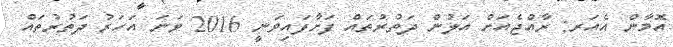
އޮމާން އެއަރ: ރާއްޖެއަށް އަލުން ދަތުރުތައް ފަށާފައިވަނީ 2016 ވަނަ އަހަރު ދަތުރުތައް